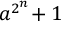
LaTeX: a ^ { 2 ^ { n } } \! + 1